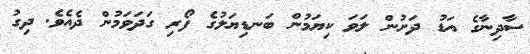
ސާދިނާގެ އަޑު ދަށުން ލަވަ ކިޔަމުން ބަނޑިޔަލުގެ ފޯރި ގަދަވަމުން ދެއެވެ. ދިގު